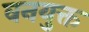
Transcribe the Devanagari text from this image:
वनयुक्त